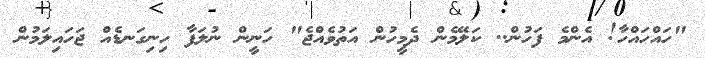
"ހައްހައްހާ! އެންމެ ފަހުން.. ކަލޭމެން ދެމީހުން އަތުވެއްޖެ" ހަނީން ނުލަފާ ހިނިގަނޑެއް ޖަހައިލަމުން